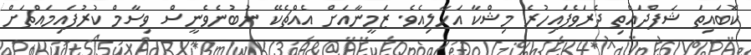
ކޮބައިތަ ޝަފްދައްތި ދެރަވެފައިހުރެ މިޝްކާ އަހާލިއެވެ. ޒަމީނާއަށް އެއްޗެކޭ ނުބުނެވެނީސް ވިސާމް ކުރުފައިމައްޗަށް